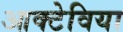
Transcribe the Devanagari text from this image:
आक्टेविया